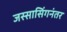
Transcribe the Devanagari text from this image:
जस्सासिंगनंतर